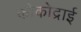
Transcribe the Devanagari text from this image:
कोकोद्राई